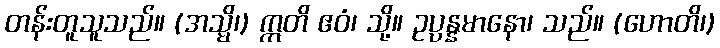
တန်းတူသူသည်။ (အသ္မိ၊) ဣတိ ဧဝံ၊ သို့။ ဥပ္ပန္နမာနော၊ သည်။ (ဟောတိ၊)